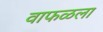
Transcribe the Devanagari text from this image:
वाफळला